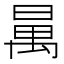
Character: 𣈦